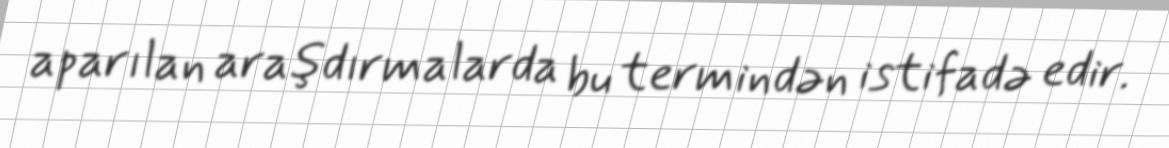
aparılan araşdırmalarda bu termindən istifadə edir.